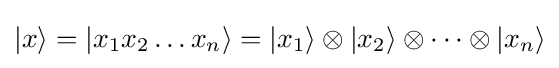
|x\rangle =|x_{1}x_{2}\ldots x_{n}\rangle =|x_{1}\rangle \otimes |x_{2}\rangle \otimes \cdots \otimes |x_{n}\rangle